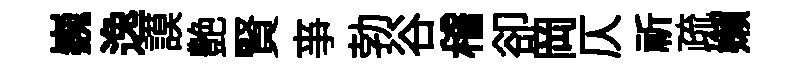
巍逸謨艶賢亊勃谷稽卻岡仄祈疏嬾